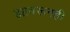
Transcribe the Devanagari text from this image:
ह्यावरूनही